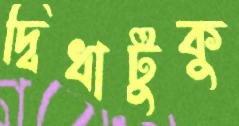
দ্বিধাটুকু